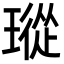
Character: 瑽